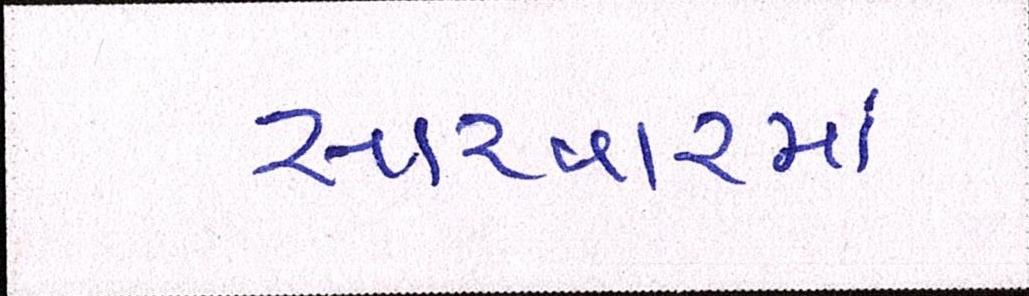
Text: સારવારમાં